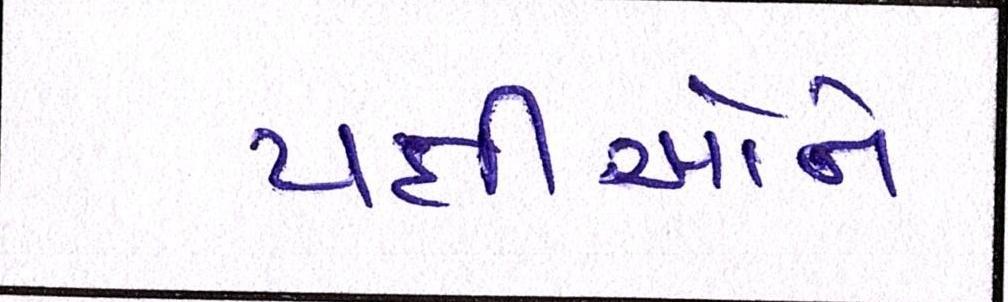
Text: પક્ષીઓને